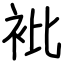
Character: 𧘱